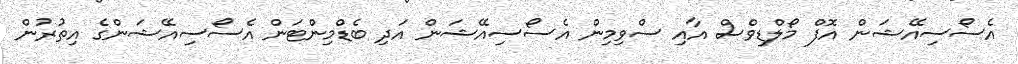
އެސޯސިއޭޝަން އޮފް މޯލްޑިވްސް އާއި ސްވިމިން އެސޯސިއޭޝަން އަދި ބެޑްމިންޓަން އެސޯސިއޭޝަންގެ އިތުރުން